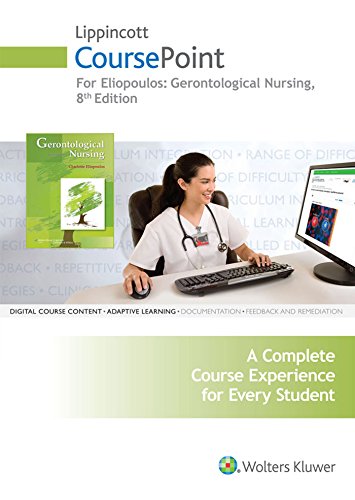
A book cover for Lippincott CoursePoint for Eliopoulos' Gerontological Nursing; Charlotte Eliopoulos PhD  MPH RNC; Medical Books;